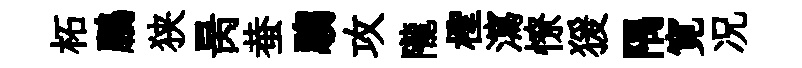
柘鵬狭昺蛬騶攻隴檉瀉憭猨隅寛况